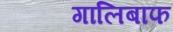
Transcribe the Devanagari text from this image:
गालिबाफ